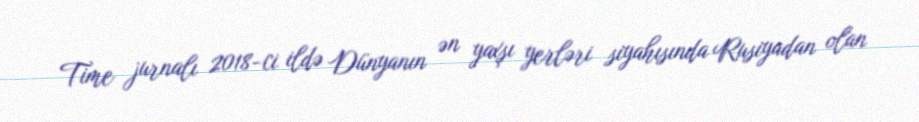
Time jurnalı 2018-ci ildə Dünyanın ən yaxşı yerləri siyahısında Rusiyadan olan